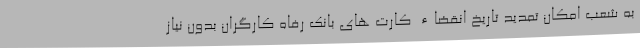
به شعب امکان تمدید تاریخ انقضاء کارت های بانک رفاه کارگران بدون نیاز